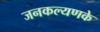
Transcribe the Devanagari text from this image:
जनकल्यणके